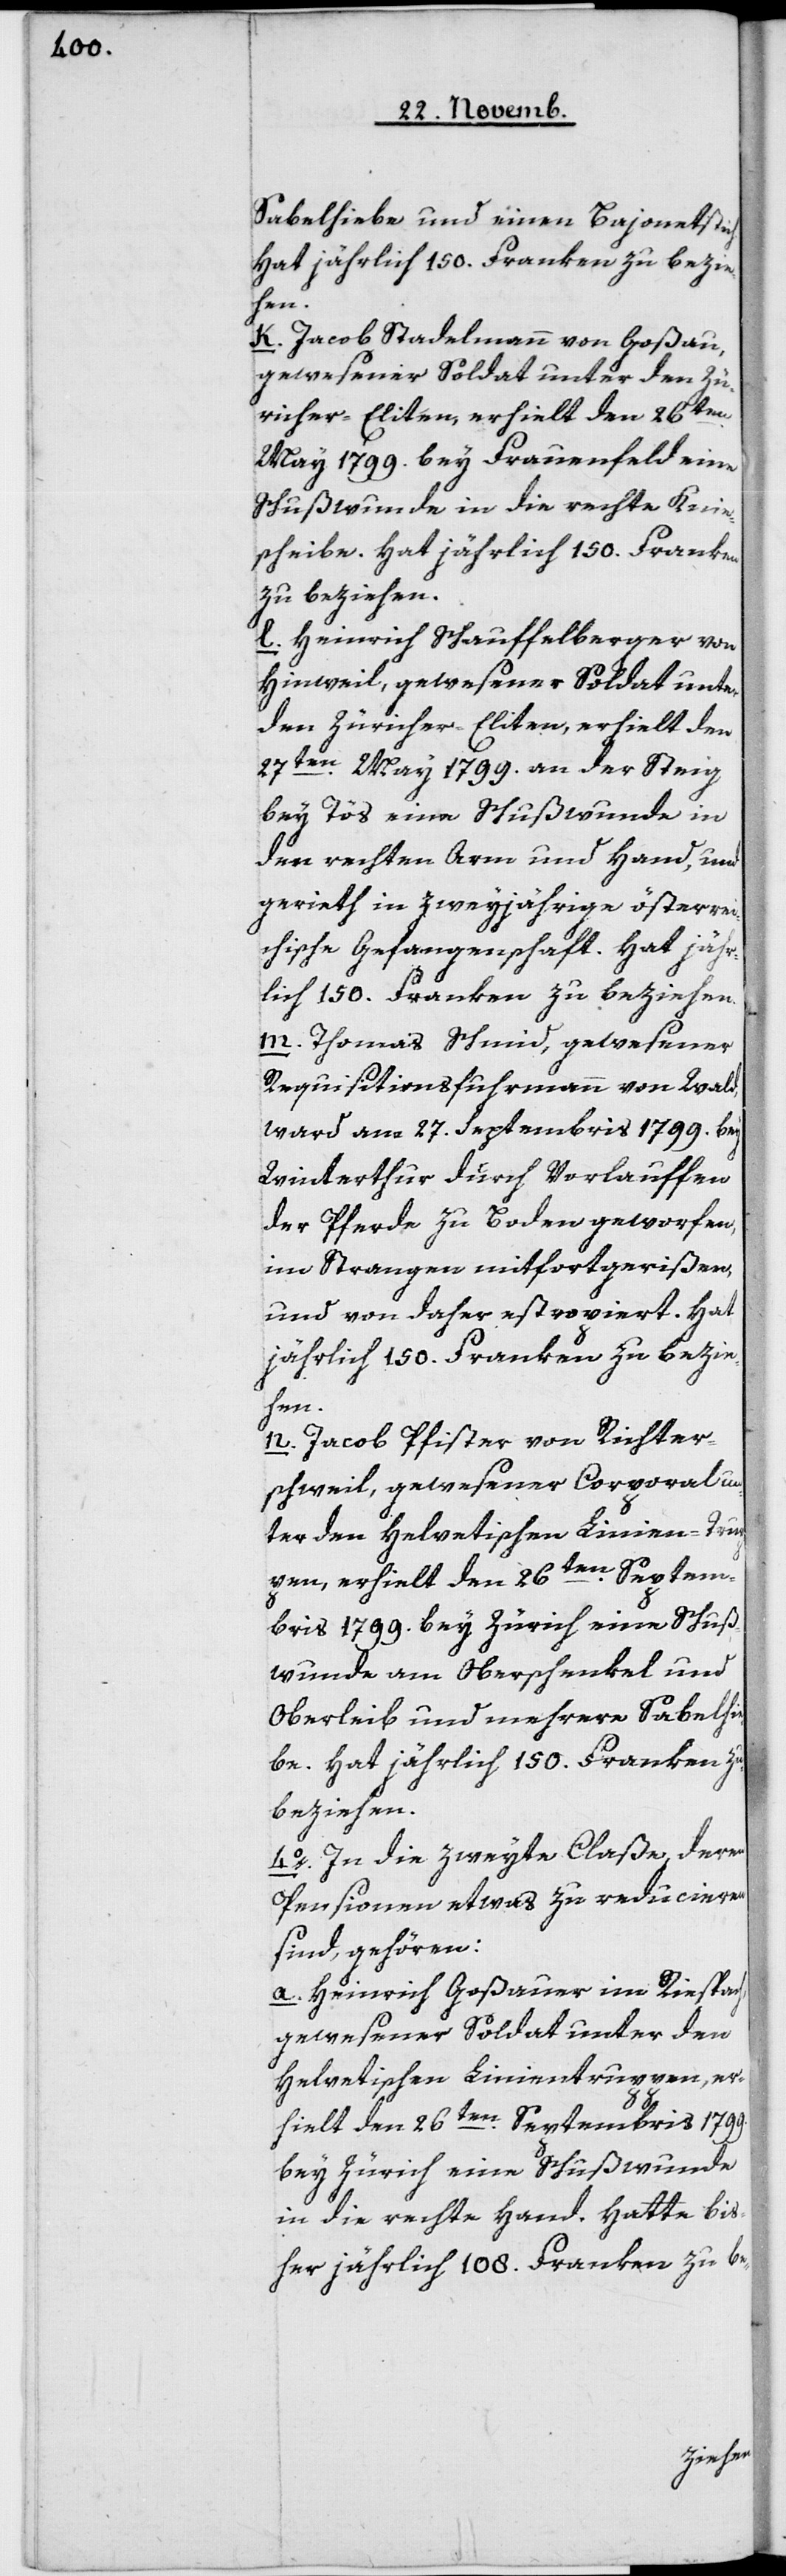
Sabelhiebe und einen Bajonetstich.
Hat jährlich 150 Franken zu bezie¬
hen.
k. Jacob Stadelmann von Goßau,
gewesener Soldat unter den Zü¬
richer-Eliten, erhielt den 26ten
May 1799 bey Frauenfeld eine
Schußwunde in die rechte Knie¬
scheibe. Hat jährlich 150 Franken
zu beziehen.
l. Heinrich Schauffelberger von
Hinweil, gewesener Soldat unter
den Zürcher-Eliten, erhielt den
27ten May 1799 an der Steig
bey Tös eine Schußwunde in
den rechten Arm und Hand, und
gerieth in zweyjährige österre¬
ichische Gefangenschaft. Hat jähr¬
lich 150 Franken zu beziehen.
m. Thomas Schmid, gewesener
Requisitionsfuhrmann von Wald,
ward am 27ten Septembris 1799 bey
Winterthur durch Vorlauffen
der Pferde zu Boden geworfen,
im Strangen mit fortgerißen,
und von daher estropiert. Hat
jährlich 150 Franken zu bezie¬
hen.
n. Jacob Pfister von Richter¬
schweil, gewesener Corporal un¬
ter den Helvetischen Linien-Trup¬
pen, erhielt den 26ten Septem¬
bris 1799 bey Zürich eine Schuß¬
wunde am Oberschenkel und
Oberleib und mehrere Sabelhie¬
be. Hat jährlich 150 Franken zu
beziehen.
4o In die zweyte Claße, deren
Pensionen etwas zu reducieren
sind, gehören
a. Heinrich Goßauer im Riespach,
gewesener Soldat unter den
Helvetischen Linientruppen, er¬
hielt den 26ten Septembris 1799
bey Zürich eine Schußwunde
in die rechte Hand. Hatte bis¬
her jährlich 108 Franken zu be-